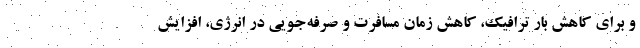
و برای کاهش بار ترافیک، کاهش زمان مسافرت و صرفه‌جویی در انرژی، افزایش